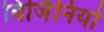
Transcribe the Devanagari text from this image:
विर्जिनियो